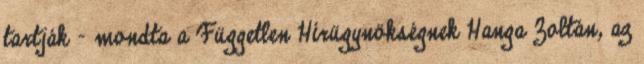
tartják – mondta a Független Hírügynökségnek Hanga Zoltán, az